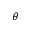
\theta